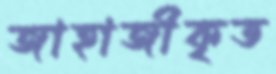
জাহাজীকৃত